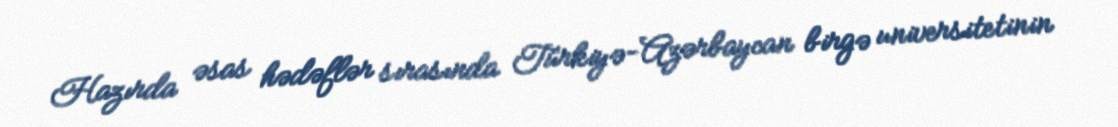
Hazırda əsas hədəflər sırasında Türkiyə-Azərbaycan birgə universitetinin